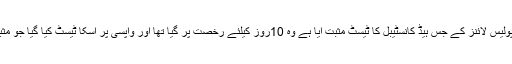
ضلع پولیس لائنز کے جس ہیڈ کانسٹیبل کا ٹیسٹ مثبت آیا ہے وہ 10روز کیلئے رخصت پر گیا تھا اور واپسی پر اسکا ٹیسٹ کیا گیا جو مثبت آیا۔